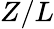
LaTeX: Z/L